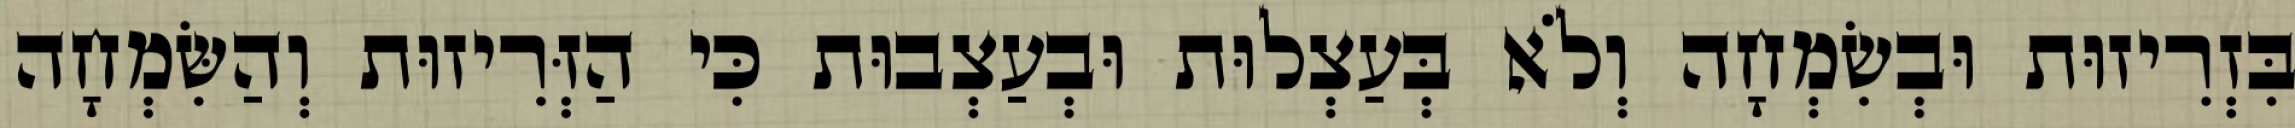
בִּזְרִיזוּת וּבְשִׂמְחָה וְלֹא בְּעַצְלוּת וּבְעַצְבוּת כִּי הַזְּרִיזוּת וְהַשִּׂמְחָה